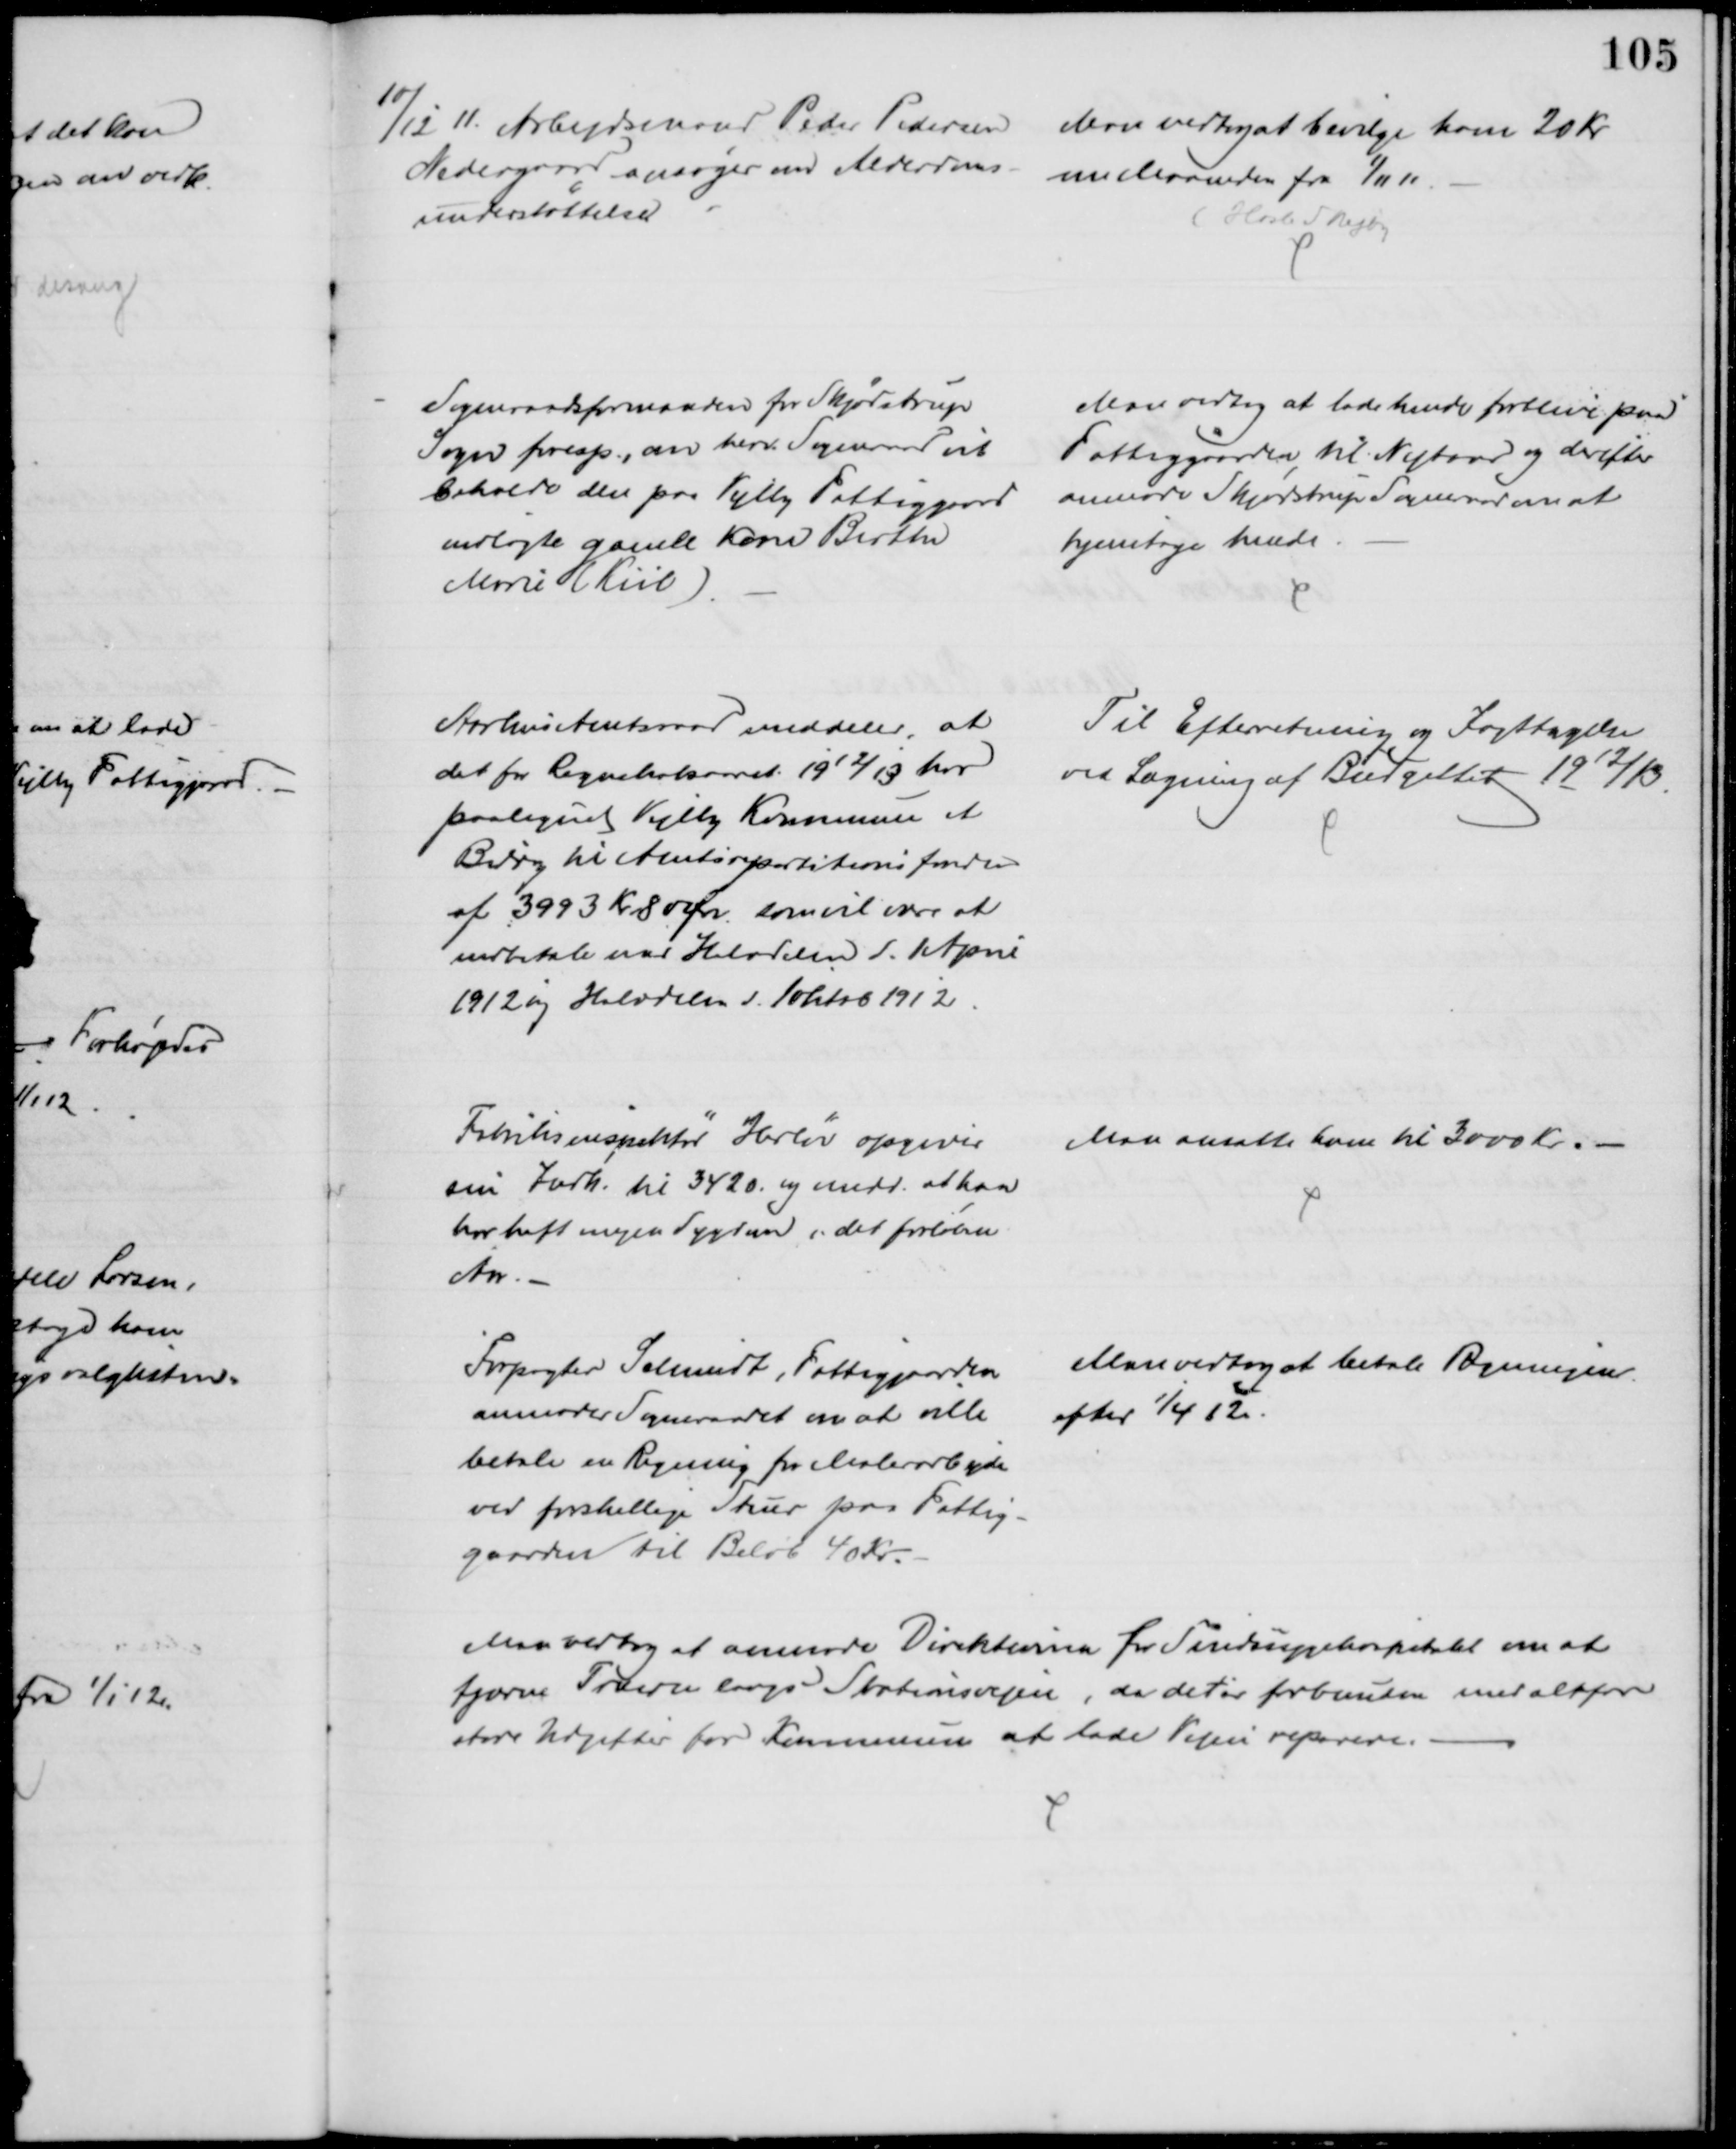
Transskription:
10/12 11. Arbejdsmand Peder Pedersen 
Nedergaard ansøger omend Alderdoms- 
understøttelse
Man vedtog at bevilge ham 20 Kr
om Maaneden fra 1/11 11.
(Hasle Skejby
Sogneraadsformanden for Skjødstrup
Sogn foresp., om herv. Sogneraad vil
beholde den paa Vejlby Fattiggaard
indlagte gamle Kone Birthe
Marie (Kiil)
Man vedtog at lade hende forblive paa
Fattiggaarden, til Nytaar og derefter
anmode Skjødstrup Sogneraad om at
hjemtage hende
Aarhus Amtsraad meddeler, at
det for Regnskabsaaret 1912/13 har 
paalignet Vejlby Kommune et
Bidrag til Amtsrepartitionsfonden
af 3993 Kr. 80 Ør. som vil være at
indbetale med Halvdelen d. 1. April
1912 og Halvdelen d. 1 oktob 1912
Til Efterretning og Iagttagelse
ved Lægning af Budgettet 1912/13.
Fabriksinspektør Herløv opgiver
sin Indk. til 3420. og medd. at han
har haft megen Sygdom i det forløbne
Aar
Man ansatte ham til 3000 Kr.
Forpagter Schmidt, Fattiggaarden
anmoder Sogneraadet om at ville
betale en Regning for Malerarbejde
ved forskellige Stuer paa Fattig-
gaarden til Beløb 40 Kr.
Man vedtog at betale Regningen.
efter 1/4 12.
Man vedtog at anmode Direktionen for Sindssygehospitalet om at 
fjerne Træerne langs Stationsvejen, da det er forbunden med altfor
store Udgifter for Kommunen at lade Vejen reparere.